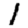
Digit: 1